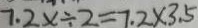
7 . 2 x \div 2 = 7 . 2 \times 3 . 5